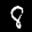
Label: 8